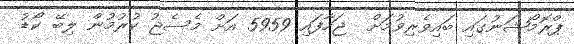
ޕްރޮމޯޝަނުގައި ބައިވެރިވުމަށް  ޖަހާފައި 5959 އަށް މެސެޖު ކުރުމުން ލިބޭ ކޯޑު